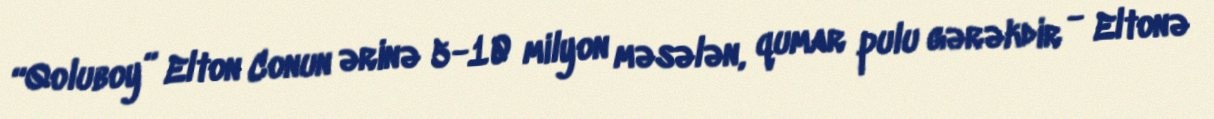
“Qoluboy” Elton Conun ərinə 5-10 milyon məsələn, qumar pulu gərəkdir - Eltonə